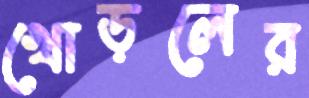
খোড়লের